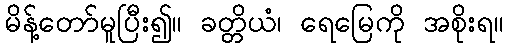
မိန့်တော်မူပြီး၍။ ခတ္တိယံ၊ ရေမြေကို အစိုးရ။